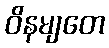
ဝိနမျတေ